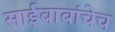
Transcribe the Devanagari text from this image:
साईबाबांचेच